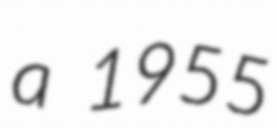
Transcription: a 1955